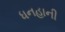
ધનહાની